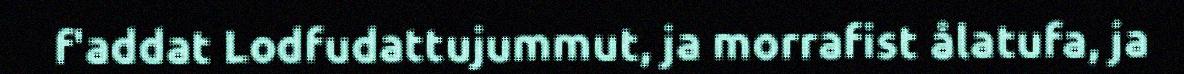
f'addat Lodfudattujummut, ja morrafist ålatufa, ja